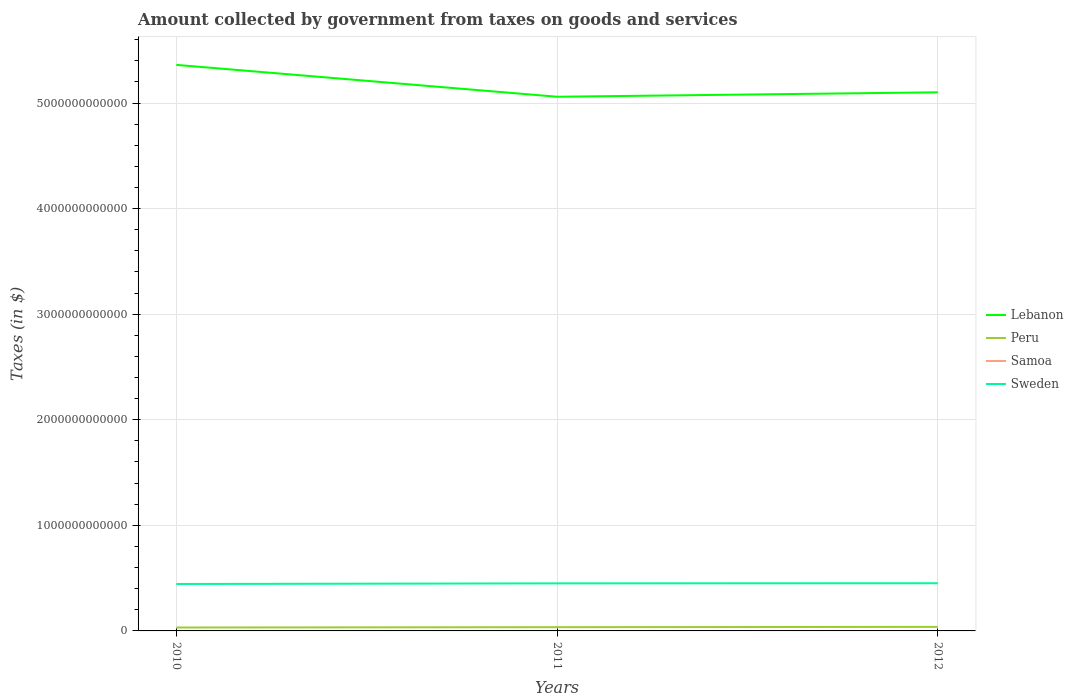
| Years | Lebanon | Peru | Samoa | Sweden |
 | --- | --- | --- | --- | --- |
 | 2010 | 5.36e+12 | 3.23e+10 | 2.36e+05 | 4.45e+11 |
 | 2011 | 5.06e+12 | 3.54e+10 | 2.38e+05 | 4.51e+11 |
 | 2012 | 5.1e+12 | 3.84e+10 | 2.32e+05 | 4.52e+11 |